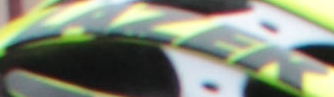
LAZER